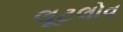
લૂટલોવ